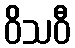
ဝိသဝီ